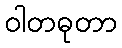
ဝါတဓုတာ